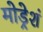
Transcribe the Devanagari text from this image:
मोड्रेशं